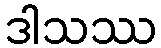
ဒါသဿ